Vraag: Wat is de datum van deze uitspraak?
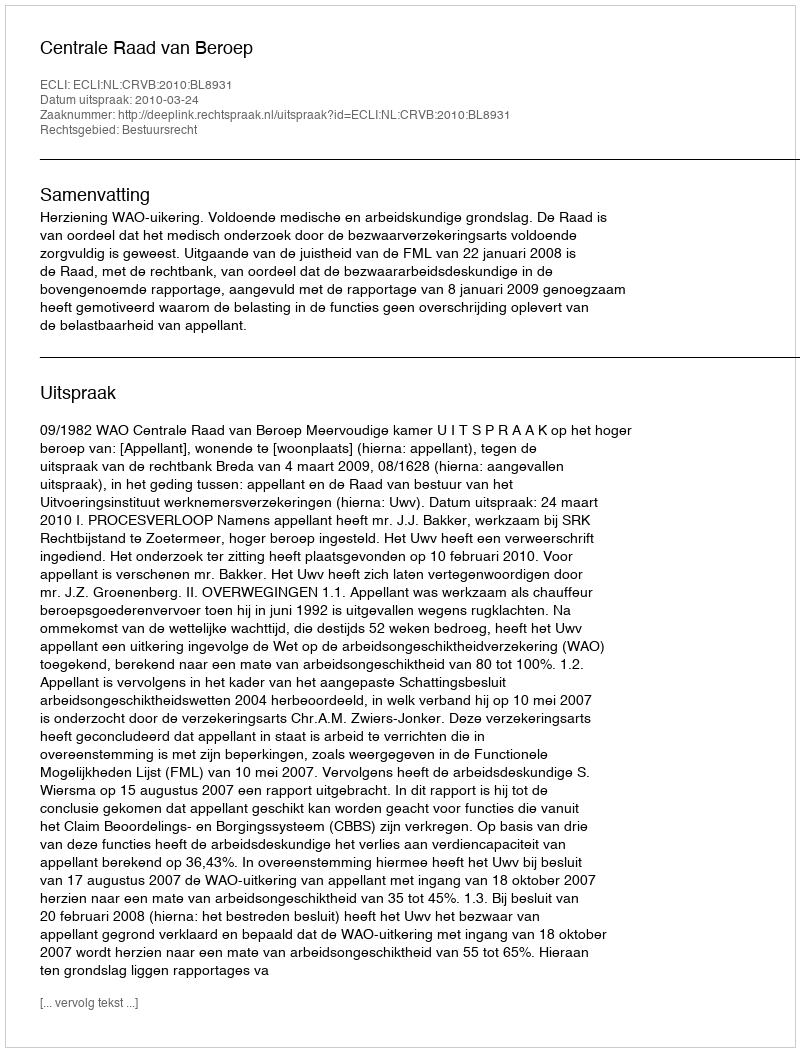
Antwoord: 2010-03-24